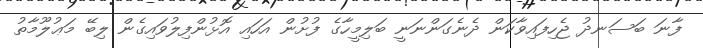
ފާނަ ބަސަނދު ޖެހިފައިވާކަން ދެނެގަންނަނީ ބަލިމީހާގެ ފުށުން އަހައި އޮޅުންފިލުވައިގެން ލިބޭ މަޢުލޫމާތު